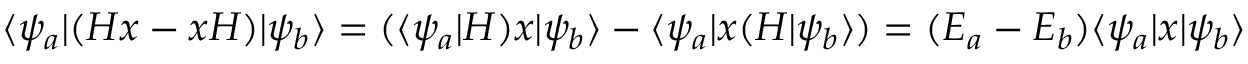
\langle \psi _ { a } | ( H x - x H ) | \psi _ { b } \rangle = ( \langle \psi _ { a } | H ) x | \psi _ { b } \rangle - \langle \psi _ { a } | x ( H | \psi _ { b } \rangle ) = ( E _ { a } - E _ { b } ) \langle \psi _ { a } | x | \psi _ { b } \rangle